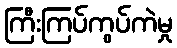
ကြီးကြပ်ကွပ်ကဲမှု